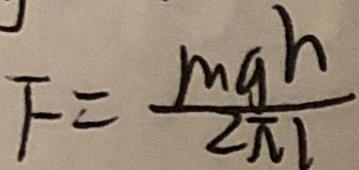
F = \frac { m g h } { 2 \pi l }